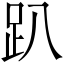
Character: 趴